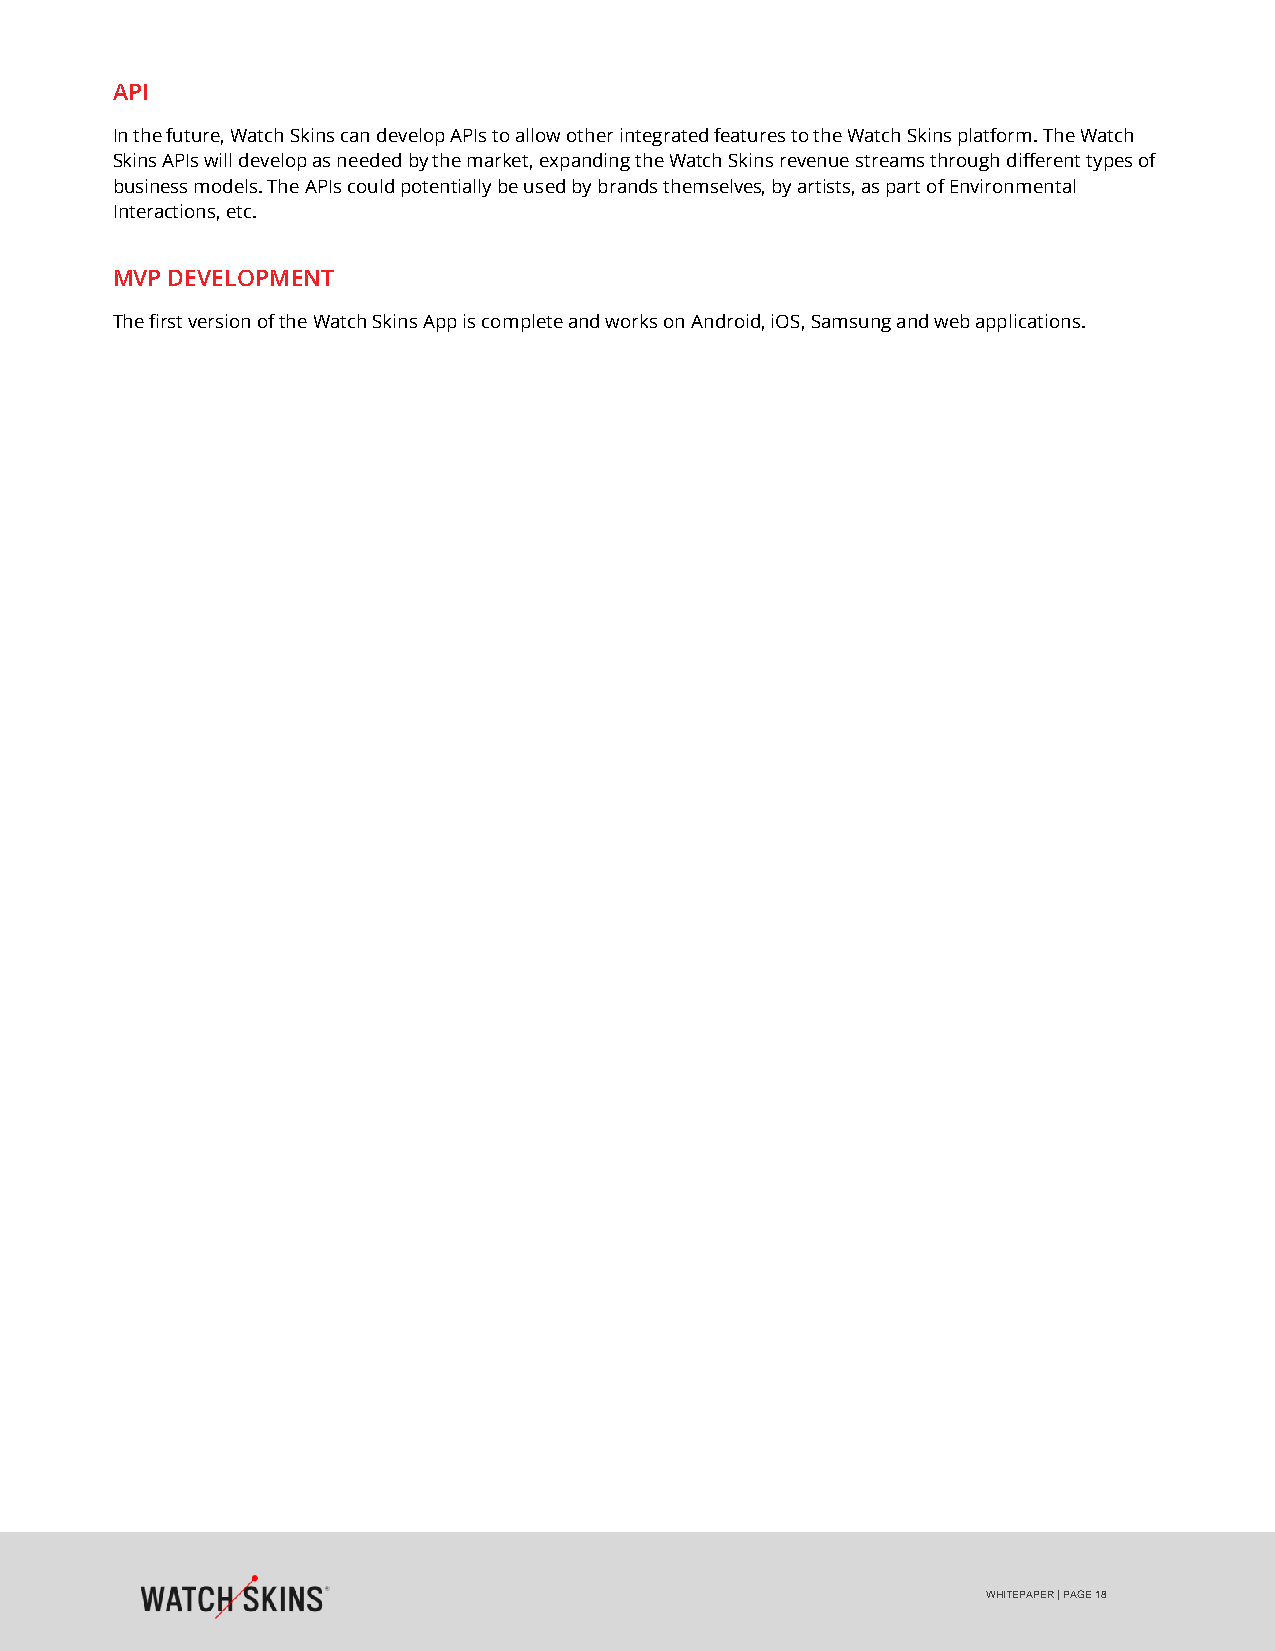
API
 In the future, Watch Skins can develop APIs to allow other integrated features to the Watch Skins platform. The Watch
 Skins APIs will develop as needed by the market, expanding the Watch Skins revenue streams through different types of
 business models. The APIs could potentially be used by brands themselves, by artists, as part of Environmental
 Interactions, etc.
 MVP DEVELOPMENT
 The first version of the Watch Skins App is complete and works on Android, iOS, Samsung and web applications.
 WHITEPAPER | PAGE 18